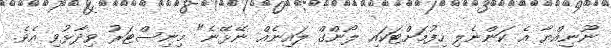
ނޫނިއްޔާ އެ ކަންނެލި ހިފުމަށްޓަކައި ލޯންގް ލައިނެއް ނޭޅޭނެ" މިނިސްޓަރު ވިދާޅުވި އެވެ.